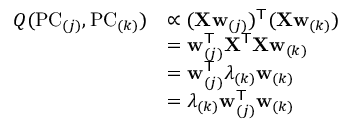
{ \begin{array} { r l } { Q ( \mathrm { P C } _ { ( j ) } , \mathrm { P C } _ { ( k ) } ) } & { \propto ( \mathbf { X } \mathbf { w } _ { ( j ) } ) ^ { \mathsf { T } } ( \mathbf { X } \mathbf { w } _ { ( k ) } ) } \\ & { = \mathbf { w } _ { ( j ) } ^ { \mathsf { T } } \mathbf { X } ^ { \mathsf { T } } \mathbf { X } \mathbf { w } _ { ( k ) } } \\ & { = \mathbf { w } _ { ( j ) } ^ { \mathsf { T } } \lambda _ { ( k ) } \mathbf { w } _ { ( k ) } } \\ & { = \lambda _ { ( k ) } \mathbf { w } _ { ( j ) } ^ { \mathsf { T } } \mathbf { w } _ { ( k ) } } \end{array} }